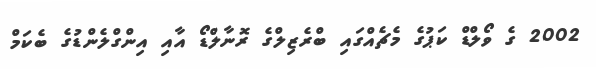
2002 ގެ ވޯލްޑް ކަޕުގެ މެޗެއްގައި ބްރެޒިލްގެ ރޮނާލްޑޯ އާއި އިންގްލެންޑުގެ ބެކަމް